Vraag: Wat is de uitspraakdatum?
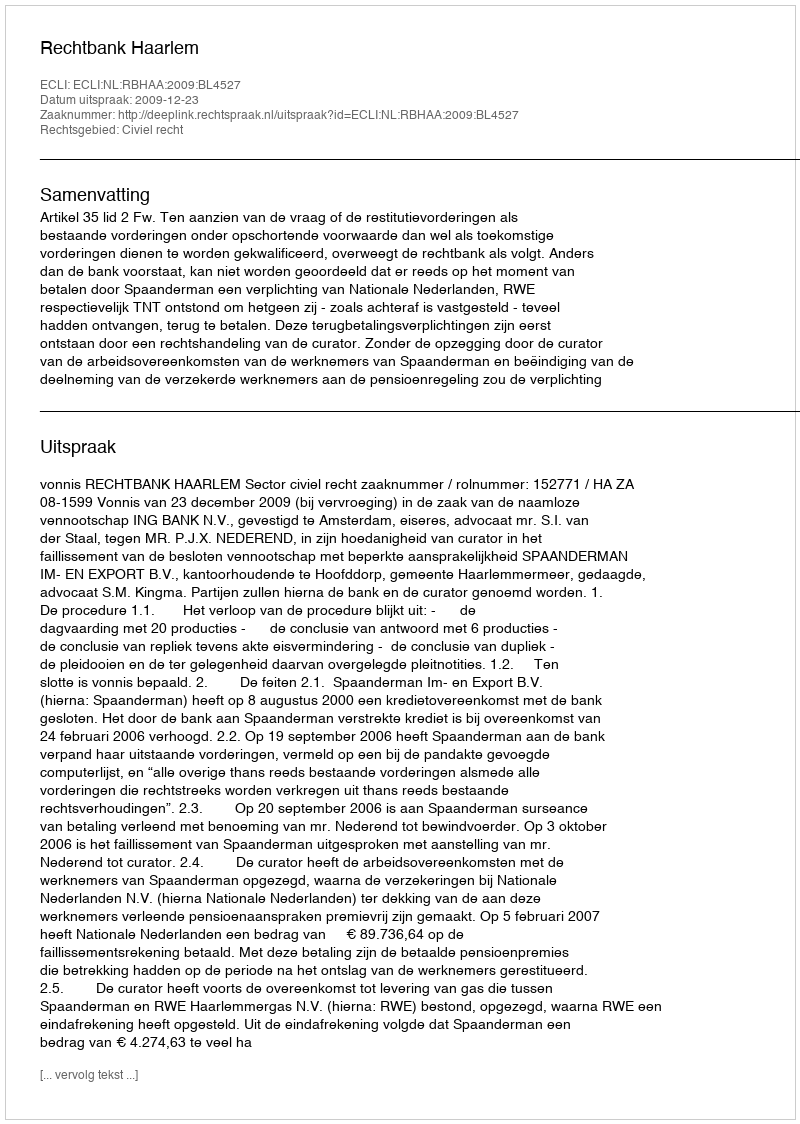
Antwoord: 2009-12-23